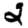
Digit: 2